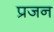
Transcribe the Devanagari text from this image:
प्रजन